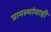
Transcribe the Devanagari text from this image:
ग्रामस्थांचाही